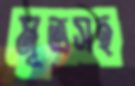
মূত্রসহ